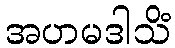
အဟမဒါသိံ